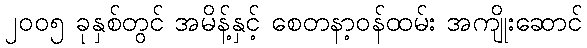
၂၀၀၅ ခုနှစ်တွင် အမိန့်နှင့် စေတနာ့ဝန်ထမ်း အကျိုးဆောင်